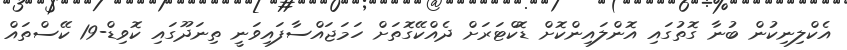
އެކްލިނިކުން ބުނާ ގޮތުގައި އޮންލައިންކޮށް ޑޮކްޓަރަށް ދެއްކޭގޮތަށް ހަމަޖައްސާފައިވަނީ ތިނަދޫގައި ކޮވިޑް-19 ކޭސްތައް